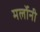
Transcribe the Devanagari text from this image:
मर्लोनी